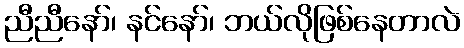
ညီညီနော်၊ နင်နော်၊ ဘယ်လိုဖြစ်နေတာလဲ